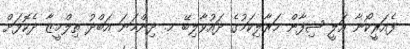
ފެއަރީކޯނާ އަލީ ޝިފާން މަރާލިކަމުގެ ދައުވާލިބޭ މ. ދިންމަނަ އަބްދު ތިލްމީޒާ ދެކޮޅަށް